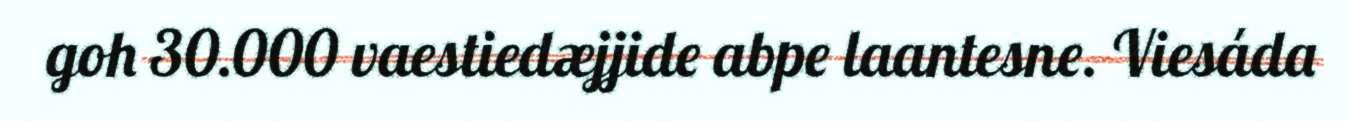
goh 30.000 vaestiedæjjide abpe laantesne. Viesáda